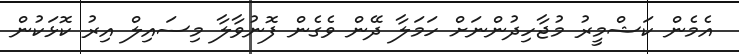
އެމެން ކަޝްމީރު މުޖާހިދުންނަށް ހަމަލާ ދޭން ވެގެން ފޮނުވާލާ މިސައިލް އިރު ކޮޅަކުން